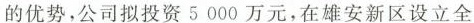
的优势，公司拟投资5000万元，在雄安新区设立全